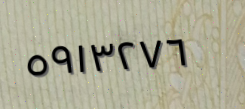
٥٩١٣٢٧٦